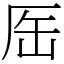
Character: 厒